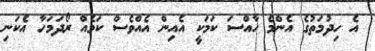
އެ ހިދުމަތުގެ އެންމެ ހާއްސަ ކަމަކީ އެއިން އެއްވެސް ކަމެއް ރޯދަމަހާ އެކަނި